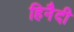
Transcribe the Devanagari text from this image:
हिनैदी